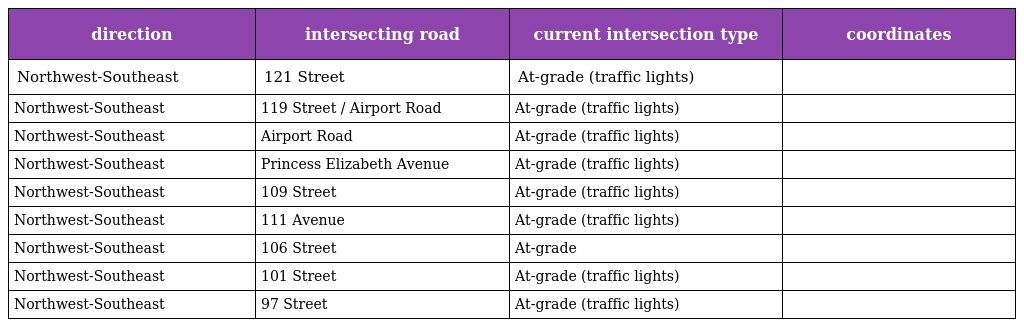
| direction | intersecting road | current intersection type | coordinates |
 | --- | --- | --- | --- |
 | Northwest-Southeast | 121 Street | At-grade (traffic lights) |  |
 | Northwest-Southeast | 119 Street / Airport Road | At-grade (traffic lights) |  |
 | Northwest-Southeast | Airport Road | At-grade (traffic lights) |  |
 | Northwest-Southeast | Princess Elizabeth Avenue | At-grade (traffic lights) |  |
 | Northwest-Southeast | 109 Street | At-grade (traffic lights) |  |
 | Northwest-Southeast | 111 Avenue | At-grade (traffic lights) |  |
 | Northwest-Southeast | 106 Street | At-grade |  |
 | Northwest-Southeast | 101 Street | At-grade (traffic lights) |  |
 | Northwest-Southeast | 97 Street | At-grade (traffic lights) |  |